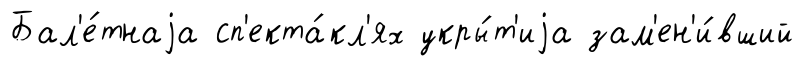
Бал'е́тнаjа сп'екта́кл'ях укры́т'иjа зам'ен'и́вший